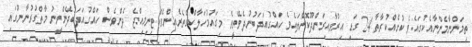
ތިމަންނާމެންނާއެކުގައެވެ ކުށެއްކުރާތާ 24 ގަޑި އިރުވާއިރަންދޫކޮންލައެވެ ހައްްގުއަދަބުނުދެވޭތީވެ މިގައުމުހަލާކްގެތެރެއންވެއްޓިނިމިއްޖެ ދެންވެސް ހައްގުއަދަބުދޭންވީނު މާތްގުރުނާނުގައި